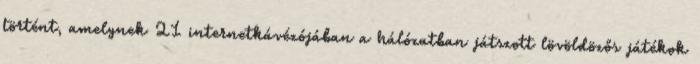
történt, amelynek 21 internetkávézójában a hálózatban játszott lövöldözős játékok